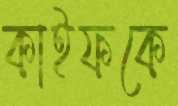
কাইফকে